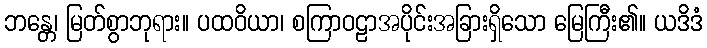
ဘန္တေ၊ မြတ်စွာဘုရား။ ပထဝိယာ၊ စကြာဝဠာအပိုင်းအခြားရှိသော မြေကြီး၏။ ယဒိဒံ